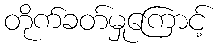
တိုက်ခတ်မှုကြောင့်